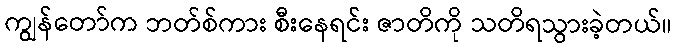
ကျွန်တော်က ဘတ်စ်ကား စီးနေရင်း ဇာတိကို သတိရသွားခဲ့တယ်။